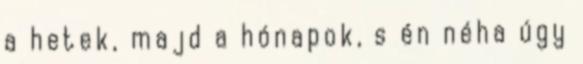
a hetek, majd a hónapok, s én néha úgy